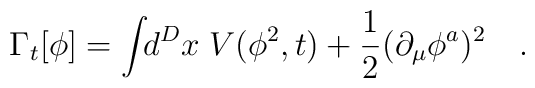
\Gamma_t[\phi] = \int\!\! d^Dx \; V(\phi^2,t) + \frac{1}{2} (\partial_{\mu} \phi^a)^2\quad.